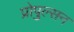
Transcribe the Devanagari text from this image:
प्रोपुल्सन